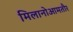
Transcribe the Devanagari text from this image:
मिलानोआमतौर